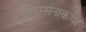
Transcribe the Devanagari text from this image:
विपस्सनाकथा